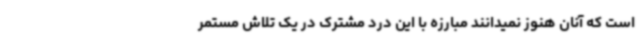
است که آنان هنوز نمیدانند مبارزه با این درد مشترک در یک تلاش مستمر